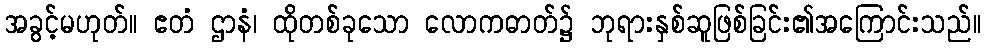
အခွင့်မဟုတ်။ ဧတံ ဌာနံ၊ ထိုတစ်ခုသော လောကဓာတ်၌ ဘုရားနှစ်ဆူဖြစ်ခြင်း၏အကြောင်းသည်။